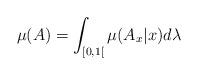
LaTeX: \begin{align*} \mu(A)=\int_{\left[ 0,1\right[} \mu(A_x\vert x) d\lambda\end{align*}